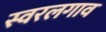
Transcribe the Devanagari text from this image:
स्वरलगाव